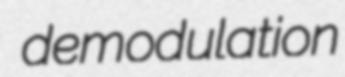
demodulation